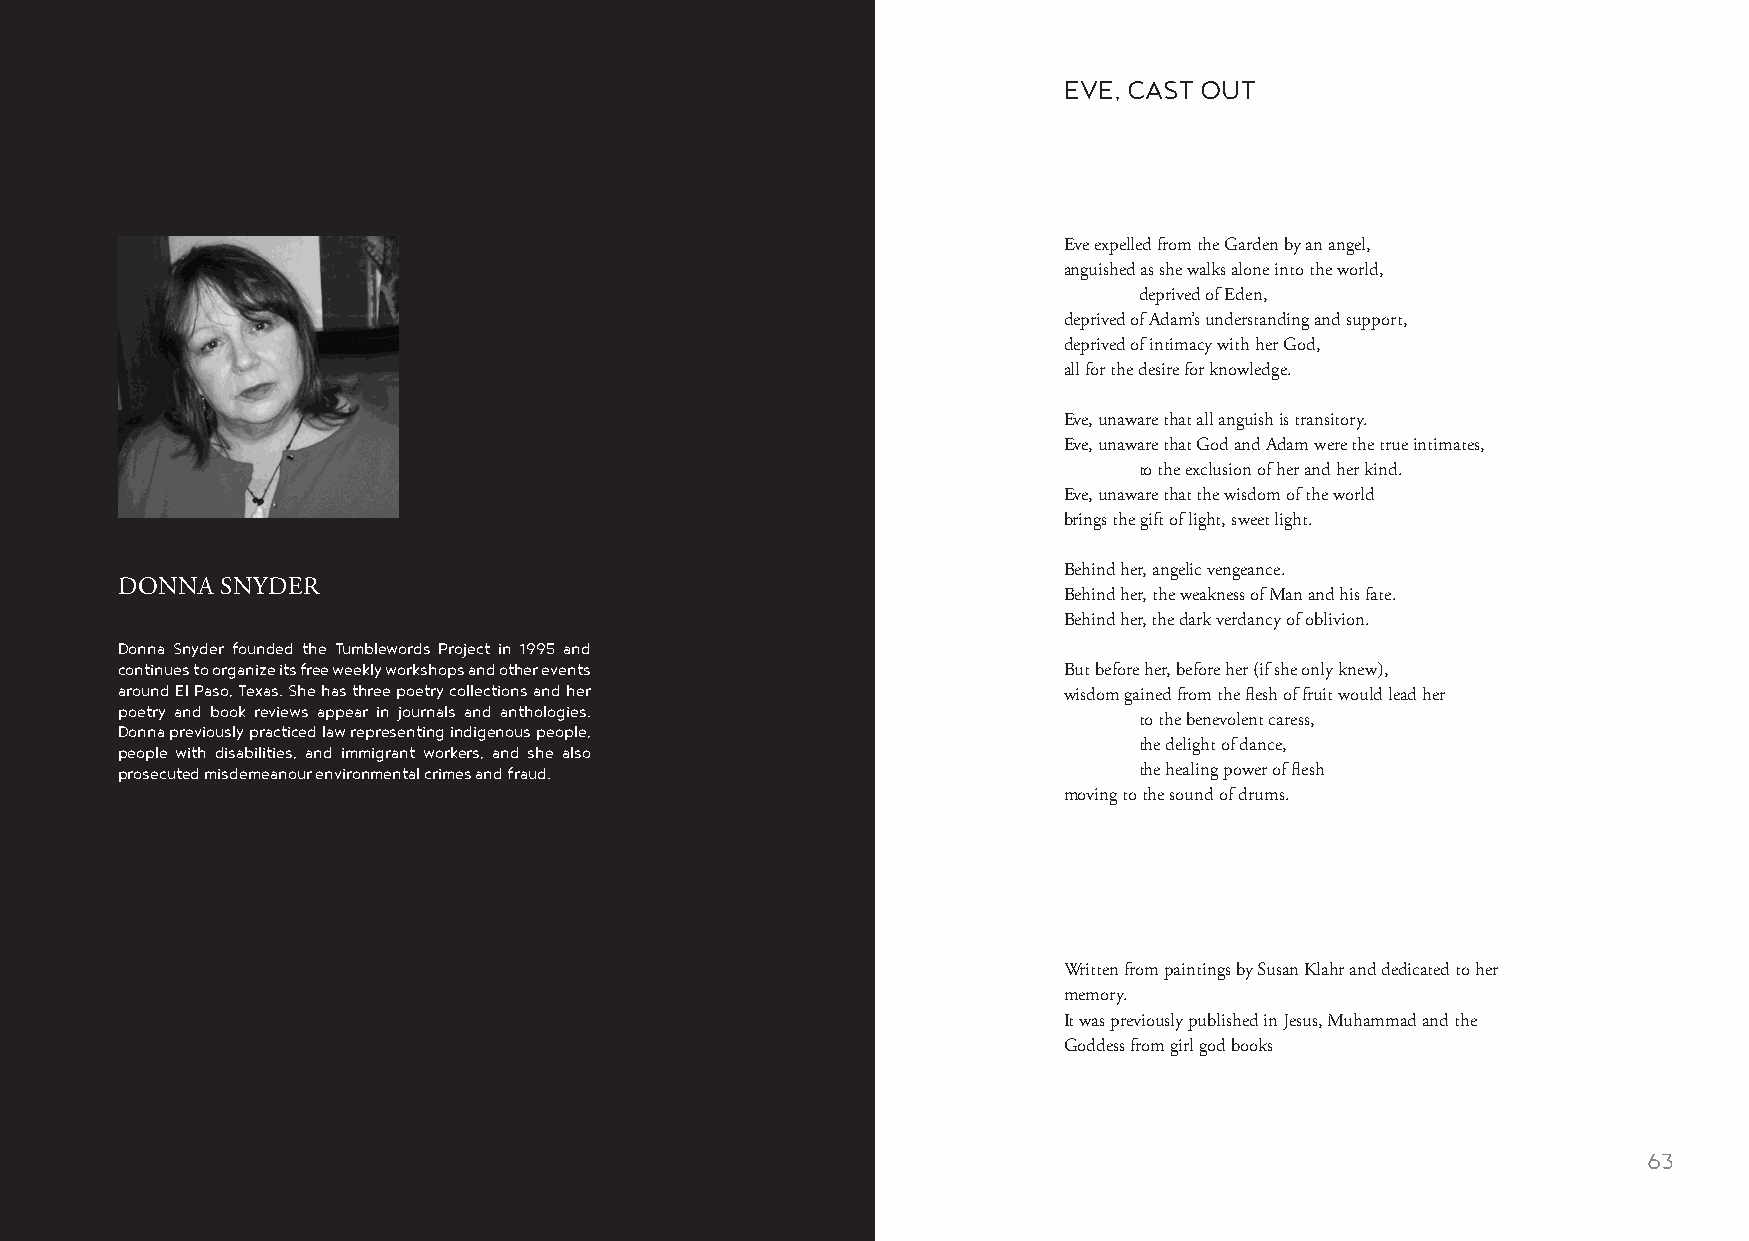
EVE, CAST OUT
 Eve expelled from the Garden by an angel,
 anguished as she walks alone into the world,
 deprived of Eden,
 deprived of Adam’s understanding and support,
 deprived of intimacy with her God,
 all for the desire for knowledge.
 Eve, unaware that all anguish is transitory.
 Eve, unaware that God and Adam were the true intimates,
 to the exclusion of her and her kind.
 Eve, unaware that the wisdom of the world
 brings the gift of light, sweet light.
 Behind her, angelic vengeance.
 DONNA  SNYDER
 Behind her, the weakness of Man and his fate.
 Behind her, the dark verdancy of oblivion.
 Donna Snyder founded the Tumblewords Project in 1995 and
 continues to organize its free weekly workshops and other events But before her, before her (if she only knew),
 around El Paso, Texas. She has three poetry collections and her
 wisdom gained from the flesh of fruit would lead her
 poetry and book reviews appear in journals and anthologies.
 to the benevolent caress,
 Donna previously practiced law representing indigenous people,
 people with disabilities, and immigrant workers, and she also      the delight of dance,
 prosecuted misdemeanour environmental crimes and fraud.            the healing power of flesh
 moving to the sound of drums.
 Written from paintings by Susan Klahr and dedicated to her
 memory.
 It was previously published in Jesus, Muhammad and the
 Goddess from girl god books
 62                                                                                                      63